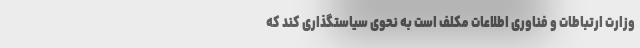
وزارت ارتباطات و فناوری اطلاعات مکلف است به نحوی سیاستگذاری کند که